Annual administration report of the Civil Veterinary Department of India - 1895-1896
Year: 1895
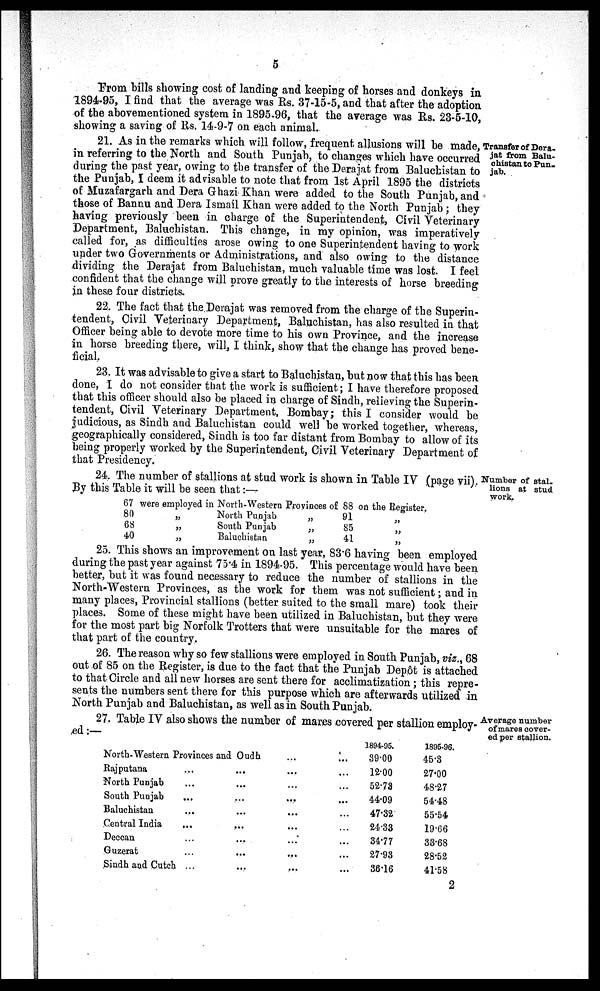
5
From bills showing cost of landing and keeping of horses and donkeys in
1894-95, I find that the average was Rs. 37-15-5, and that after the adoption
of the abovementioned system in 1895-96, that the average was Rs. 23-5-10,
showing a saving of Rs. 14-9-7 on each animal.
Transfer of Dera-
jat from Balu-
chistan to Pun-
jab.
21. As in the remarks which will follow, frequent allusions will be made,
in referring to the North and South Punjab, to changes which have occurred
during the past year, owing to the transfer of the Derajat from Baluchistan to
the Punjab, I deem it advisable to note that from 1st April 1895 the districts
of Muzafargarh and Dera Ghazi Khan were added to the South Punjab, and
those of Bannu and Dera Ismail Khan were added to the North Punjab; they
having previously been in charge of the Superintendent, Civil Veterinary
Department, Baluchistan. This change, in my opinion, was imperatively
called for, as difficulties arose owing to one Superintendent having to work
under two Governments or Administrations, and also owing to the distance
dividing the Derajat from Baluchistan, much valuable time was lost. I feel
confident that the change will prove greatly to the interests of horse breeding
in these four districts.
22. The fact that the Derajat was removed from the charge of the Superin-
tendent, Civil Veterinary Department, Baluchistan, has also resulted in that
Officer being able to devote more time to his own Province, and the increase
in horse breeding there, will, I think, show that the change has proved bene-
ficial.
23. It was advisable to give a start to Baluchistan, but now that this has been
done, I do not consider that the work is sufficient; I have therefore proposed
that this officer should also be placed in charge of Sindh, relieving the Superin-
tendent, Civil Veterinary Department, Bombay; this I consider would be
judicious, as Sindh and Baluchistan could well be worked together, whereas,
geographically considered, Sindh is too far distant from Bombay to allow of its
being properly worked by the Superintendent, Civil Veterinary Department of
that Presidency.
Number of stal-
lions at stud
work.
24. The number of stallions at stud work is shown in Table IV (page vii).
By this Table it will be seen that:—
67 were employed in
80 „
68 „
40 „
North-Western Provinces of 88
North Punjab
„
91
South Punjab
„
85
Baluchistan
„
41
on the Register.
„
„
„
25. This shows an improvement on last year, 83.6 having been employed
during the past year against 75.4 in 1894-95. This percentage would have been
better, but it was found necessary to reduce the number of stallions in the
North-Western Provinces, as the work for them was not sufficient; and in
many places, Provincial stallions (better suited to the small mare) took their
places. Some of these might have been utilized in Baluchistan, but they were
for the most part big Norfolk Trotters that were unsuitable for the mares of
that part of the country.
26. The reason why so few stallions were employed in South Punjab, viz., 68
out of 85 on the Register, is due to the fact that the Punjab Depôt is attached
to that Circle and all new horses are sent there for acclimatization; this repre-
sents the numbers sent there for this purpose which are afterwards utilized in
North Punjab and Baluchistan, as well as in South Punjab.
Average number
of mares cover-
ed per stallion.
27. Table IV also shows the number of mares covered per stallion employ-
ed:—
North-Western Provinces and Oudh ... ...
Rajputana ... ... ... ...
North Punjab ... ... ... ...
South Punjab ... ... ... ...
Baluchistan ... ... ... ...
Central India ... ... ... ...
Deccan ... ... ... ...
Guzerat ... ... ... ...
Sindh and Cutch ... ... ... ...
1894-95.
39.00
12.00
52.73
44.09
47.32
24.33
34.77
27.93
36.16
1895-96.
45.3
27.00
48.27
54.48
55.54
19.66
33.68
28.52
41.58
2